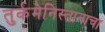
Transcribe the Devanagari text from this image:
तुर्कमेनिस्तानाचा